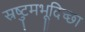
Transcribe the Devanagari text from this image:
स्रष्टुमभूदिच्छा